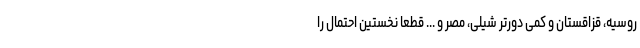
روسیه، قزاقستان و کمی دورتر شیلی، مصر و ... قطعا نخستین احتمال را